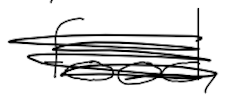
Text: food,
Cross-out: scratch
Writing tool: digital_black